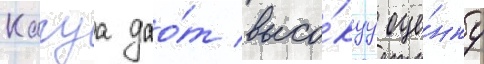
Кагуа дао́т высо́куу оце́нку